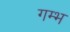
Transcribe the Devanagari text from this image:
गम्भ